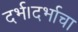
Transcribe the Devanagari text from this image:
दर्भ।दर्भाचा